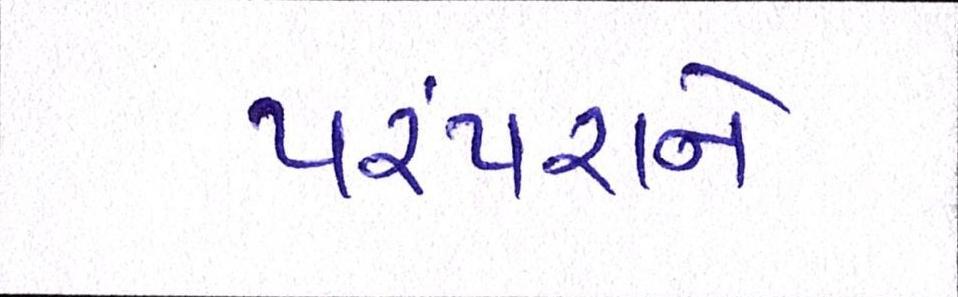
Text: પરંપરાને